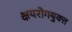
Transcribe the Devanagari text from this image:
क्षयरोगयुक्त